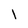
Character: l